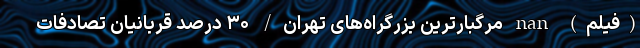
(فیلم) nan مرگبارترین بزرگراه‌های تهران/ ۳۰ درصد قربانیان تصادفات